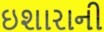
ઇશારાની